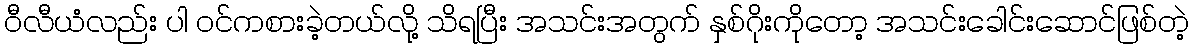
ဝီလီယံလည်း ပါ ဝင်ကစားခဲ့တယ်လို့ သိရပြီး အသင်းအတွက် နှစ်ဂိုးကိုတော့ အသင်းခေါင်းဆောင်ဖြစ်တဲ့